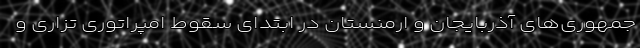
جمهوری‌های آذربایجان و ارمنستان در ابتدای سقوط امپراتوری تزاری و